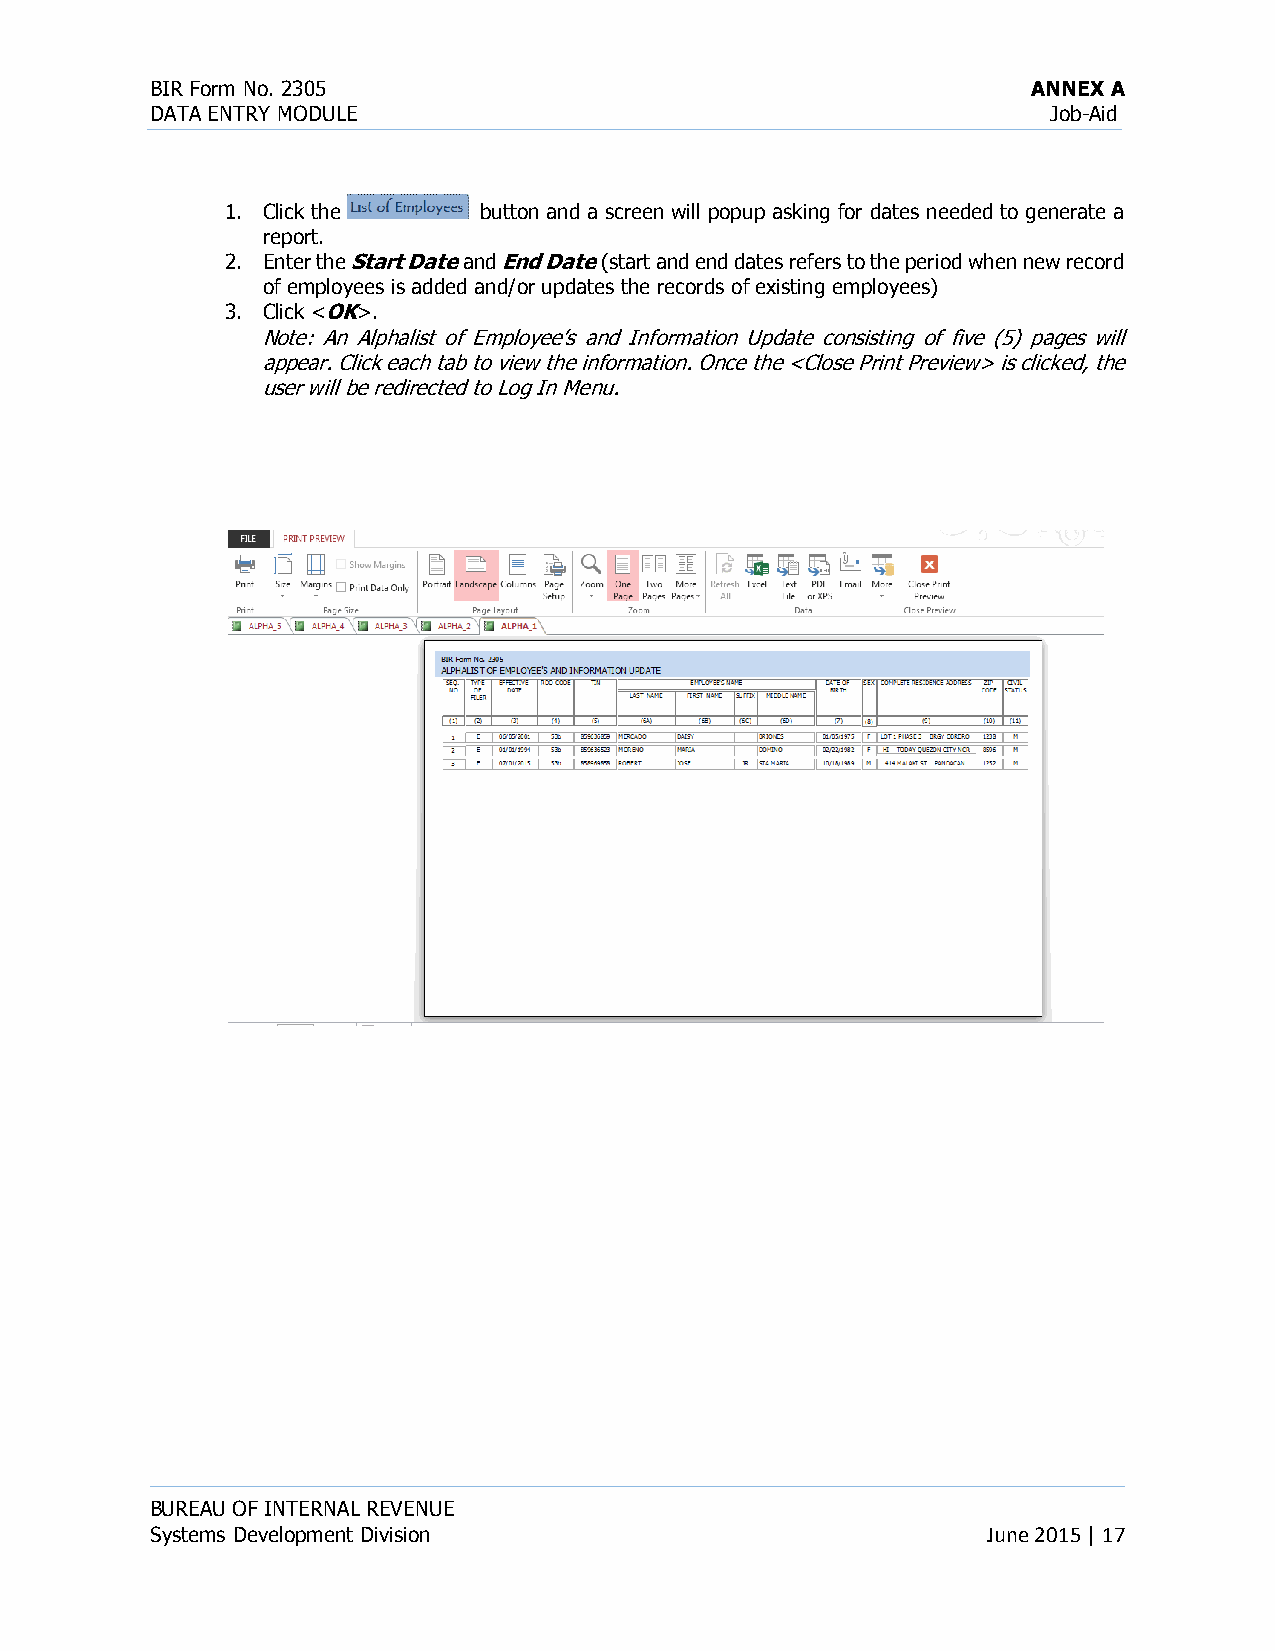
BIR Form No. 2305                                         ANNEX A
 DATA ENTRY MODULE                                           Job-Aid
 1. Click the     button and a screen will popup asking for dates needed to generate a
 report.
 2. Enter the Start Date and End Date (start and end dates refers to the period when new record
 of employees is added and/or updates the records of existing employees)
 3. Click <OK>.
 Note: An Alphalist of Employee’s and Information Update consisting of five (5) pages will
 appear. Click each tab to view the information. Once the <Close Print Preview> is clicked, the
 user will be redirected to Log In Menu.
 BUREAU OF INTERNAL REVENUE
 Systems Development Division                           June 2015 | 17